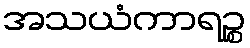
အသယံကာရဉ္စ